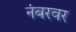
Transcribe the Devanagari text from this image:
नंबरवर